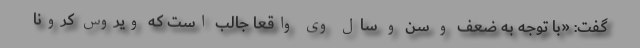
گفت: «با توجه به ضعف و سن و سال وی واقعا جالب است که ویروس کرونا